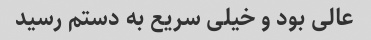
عالی بود و خیلی سریع به دستم رسید